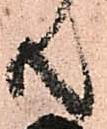
共